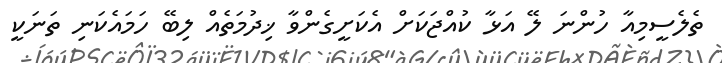
ތެލެސީމިއާ ހުންނަ ލޭ އަޅާ ކުއްޖަކަށް އެކަށީގެންވާ ޚިދުމަތެއް ލިބޭ ހަމައެކަނި ތަނަކީ